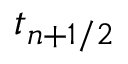
t _ { n + 1 / 2 }